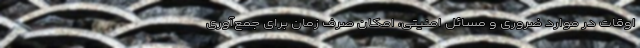
اوقات در موارد ضروری و مسائل امنیتی، امکان صرف زمان برای جمع‌آوری